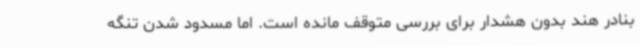
بنادر هند بدون هشدار برای بررسی متوقف مانده است. اما مسدود شدن تنگه